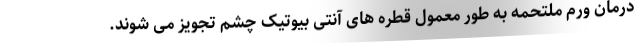
درمان ورم ملتحمه به طور معمول قطره های آنتی بیوتیک چشم تجویز می شوند.